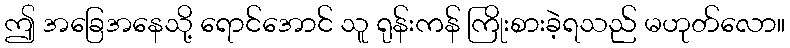
ဤ အခြေအနေသို့ ရောင်အောင် သူ ရုန်းကန် ကြိုးစားခဲ့ရသည် မဟုတ်လော။